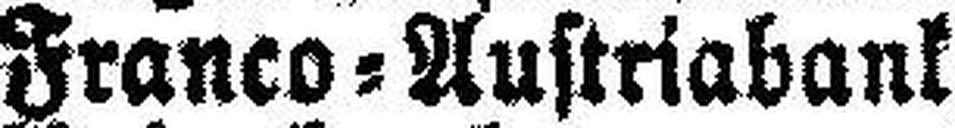
Franco=Austriabank